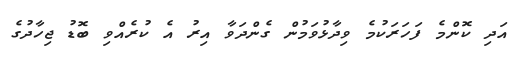
އަދި ކޮންމެ ފަހަރަކުމެ ވިދާޅުވަމުން ގެންދަވާ އިރު އެ ކުރެއްވި ބޮޑު ޖިހާދުގެ